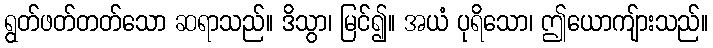
ရွတ်ဖတ်တတ်သော ဆရာသည်။ ဒိသွာ၊ မြင်၍။ အယံ ပုရိသော၊ ဤယောကျ်ားသည်။